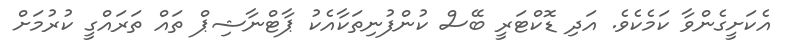
އެކަށީގެންވާ ކަމެކެވެ. އަދި ޑޮކްޓަރީ ބޭސް ކުންފުނިތަކާއެކު ޕާޓްނާޝިޕް ތައް ތަރައްގީ ކުރުމަށް